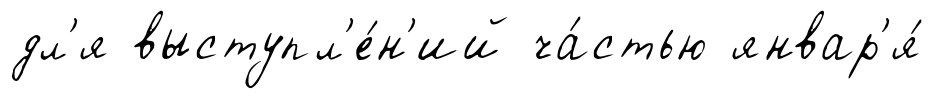
дл'я выступл'е́н'ий ча́стью январ'я́